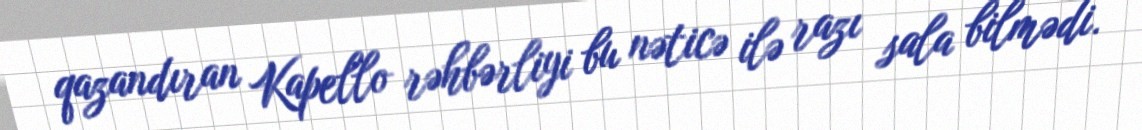
qazandıran Kapello rəhbərliyi bu nəticə ilə razı sala bilmədi.